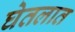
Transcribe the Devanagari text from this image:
घेतलात